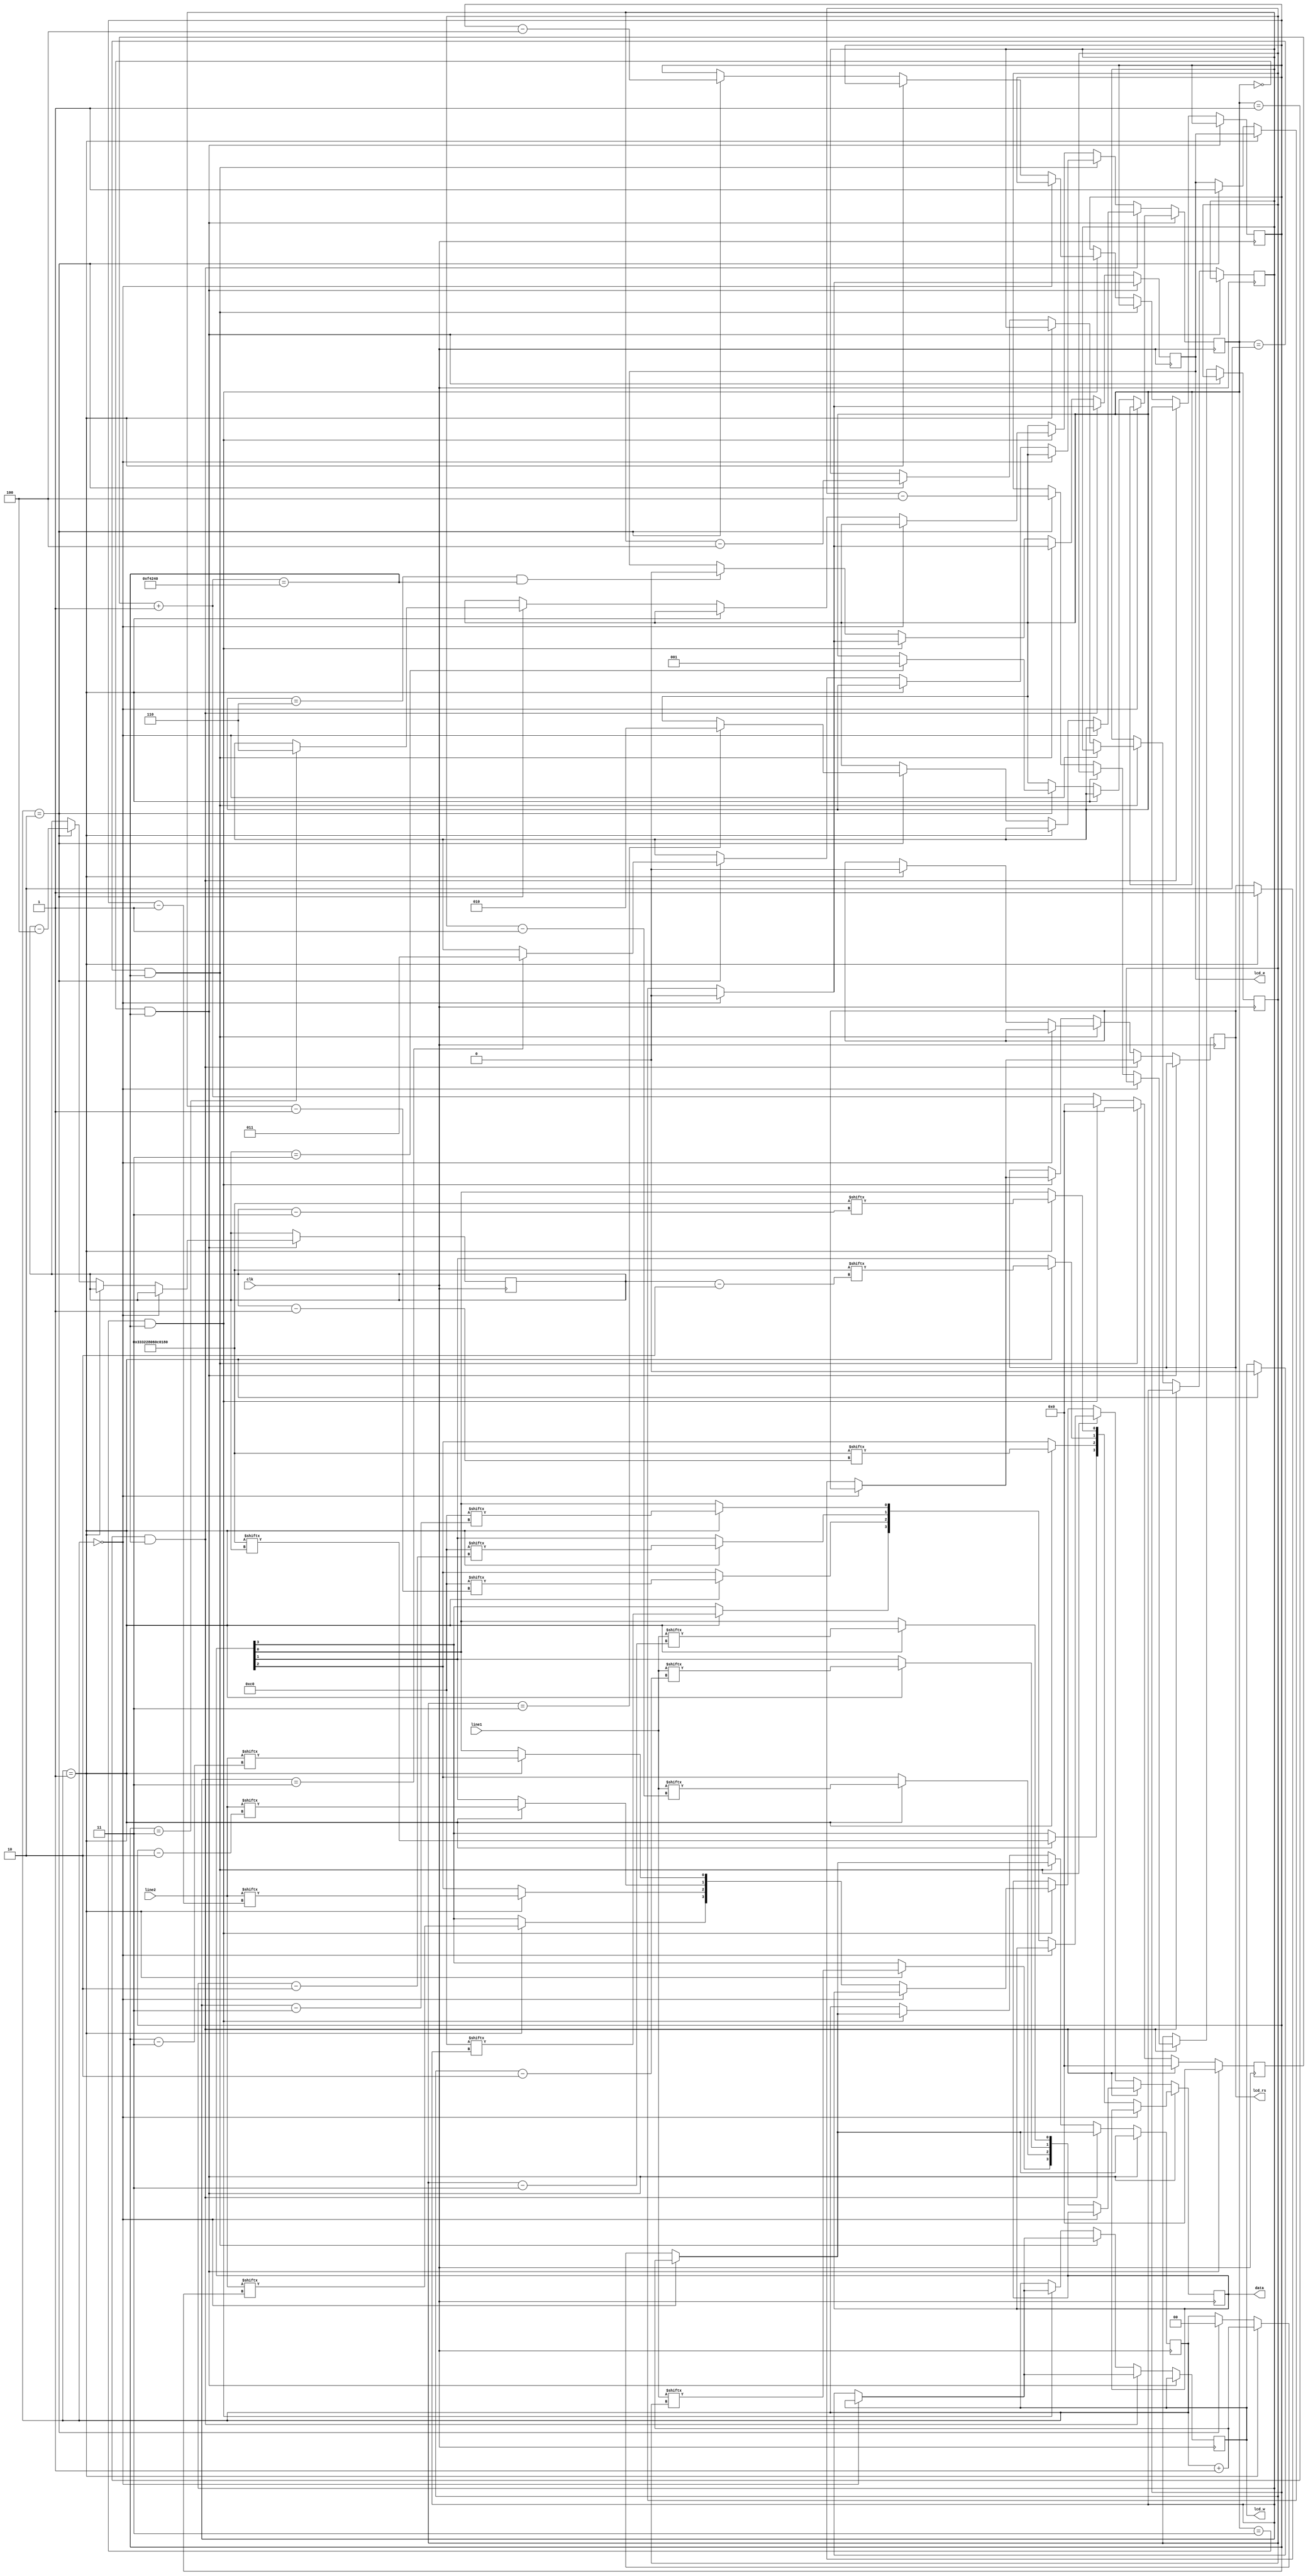
`timescale 1ns / 1ps
//////////////////////////////////////////////////////////////////////////////////
// Company: 
// Engineer: 
// 
// Design Name: 
// Module Name:    LCD_driver 
// Project Name: 
// Target Devices: 
// Tool versions: 
// Description: 
//
// Dependencies: 
//
// Revision: 
// Revision 0.01 - File Created
// Additional Comments: 
//
//////////////////////////////////////////////////////////////////////////////////
module LCD_driver( clk, line1, line2, lcd_e, lcd_w, lcd_rs, data);

input clk;
input [127:0] line1, line2;
output lcd_e, lcd_w, lcd_rs;
output [3:0] data;
wire lcd_e, lcd_w, lcd_rs;
wire [3:0] data;
wire[55:0] helper;
wire[7:0] break;
reg [22:0] counter;
reg [2:0] stage;

reg lcd_er, lcd_wr, lcd_rsr;
reg [3:0] data_r;
reg [1:0] flag;
reg [7:0] index1,index2,index3,index4;

initial 
begin
lcd_er=0; lcd_wr=0; lcd_rsr =0;flag=0; counter=0; stage =0; index1 = 55; index2=127; index3=7; index4=127;
end


assign helper=56'h333228060C0180;
assign break = 8'hC0;

always @(posedge clk)
begin
	counter = counter + 1;
	if(stage == 3'b000 && counter == 1000000 )
	begin
		if(flag==2'b00)
		begin
			lcd_er=0;
			flag = flag+1;
		end
		else if(flag == 2'b01)
		begin
			data_r[3] = helper[index1];
			data_r[2] = helper[index1-1];
			data_r[1] = helper[index1-2];
			data_r[0] = helper[index1-3];
			flag = flag+1;	
		end
		else if(flag == 2'b10)
		begin
			
			if (index1 == 3)
			begin
				stage = 3'b001;
				flag=0;
			end
			lcd_er =  1;
			flag = 0;
			index1 = index1-4;
		end
		counter = 0;
	end
	else if(stage == 3'b001 && counter == 1000000)
	begin
		
		if(flag == 2'b00)
		begin
			lcd_er = 0;
			flag = flag+1;
		end
		else if(flag == 2'b01)
		begin
			lcd_rsr =1;
			lcd_wr =0;
			data_r[3] = line1[index2];
			data_r[2] = line1[index2-1];
			data_r[1] = line1[index2-2];
			data_r[0] = line1[index2-3];
			flag = flag+1;
			
		end
		else if(flag == 2'b10)
		begin
			if (index2 == 3)
			begin
				stage = 3'b010;
				flag=0;
			end
			lcd_er=1;
			flag = 0;
			index2 = index2-4;
		end
		counter = 0;
	end
	else if(stage == 3'b010 && counter == 1000000)
	begin
		
		if(flag == 2'b00)
		begin
			lcd_er=0;
			flag = flag+1;
		end
		else if(flag == 2'b01)
		begin
			lcd_rsr = 0;
			lcd_wr = 0;
			data_r[3] = break[index3];
			data_r[2] = break[index3-1];
			data_r[1] = break[index3-2];
			data_r[0] = break[index3-3];
			flag = flag+1;
		end
		else if(flag == 2'b10)
		begin
			if (index3 ==3)
			begin
				stage = 3'b011;
				flag=0;
			end
			lcd_er=1;
			flag = 0;
			index3 = index3-4;
		end
		counter = 0;
	end
	else if(stage == 3'b011 && counter == 1000000)
	begin
		if(flag==2'b00)
		begin
			lcd_er=0;
			flag = flag+1;
		end
		else if(flag == 2'b01)
		begin
			lcd_rsr = 1;
			lcd_wr = 0;
			data_r[3] = line2[index4];
			data_r[2] = line2[index4-1];
			data_r[1] = line2[index4-2];
			data_r[0] = line2[index4-3];
			flag=flag+1;	
		end
		else if(flag == 2'b10)
		begin
			if (index4 ==3)
			begin
				stage = 3'b110;
			end
			lcd_er = 1;
			flag = 0;
			index4 = index4-4;
		end
		counter = 0;
	end
	else if(stage == 3'b110 && counter == 1000000)
	begin
		lcd_er = 0;
	end	
end


assign data[3:0] = data_r[3:0];
assign lcd_e = lcd_er;
assign lcd_w = lcd_wr;
assign lcd_rs = lcd_rsr; 

endmodule